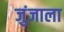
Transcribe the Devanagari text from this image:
जुंजाला